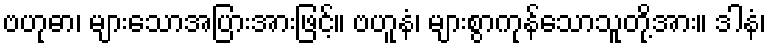
ဗဟုဓာ၊ များသောအပြားအားဖြင့်။ ဗဟူနံ၊ များစွာကုန်သောသူတို့အား။ ဒါနံ၊